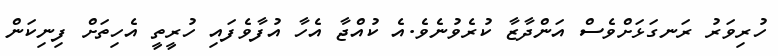
ހުރިވަރު ރަނގަޅަށްވެސް އަންދާޒާ ކުރެވުނެވެ.އެ ކުއްޖާ އެހާ އުފާވެފައި ހުރީތީ އެހިތަށް ފިނިކަން